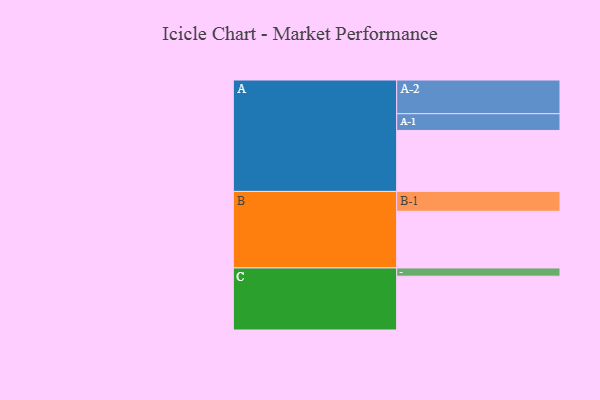
{"axis": {"x": "Segment", "y": "Value"}, "legend": ["", "A", "B", "C"], "data": [{"x": "A", "y": 510, "type": ""}, {"x": "B", "y": 474, "type": ""}, {"x": "C", "y": 450, "type": ""}, {"x": "A-1", "y": 140, "type": "A"}, {"x": "A-2", "y": 282, "type": "A"}, {"x": "B-1", "y": 166, "type": "B"}, {"x": "C-1", "y": 69, "type": "C"}]}